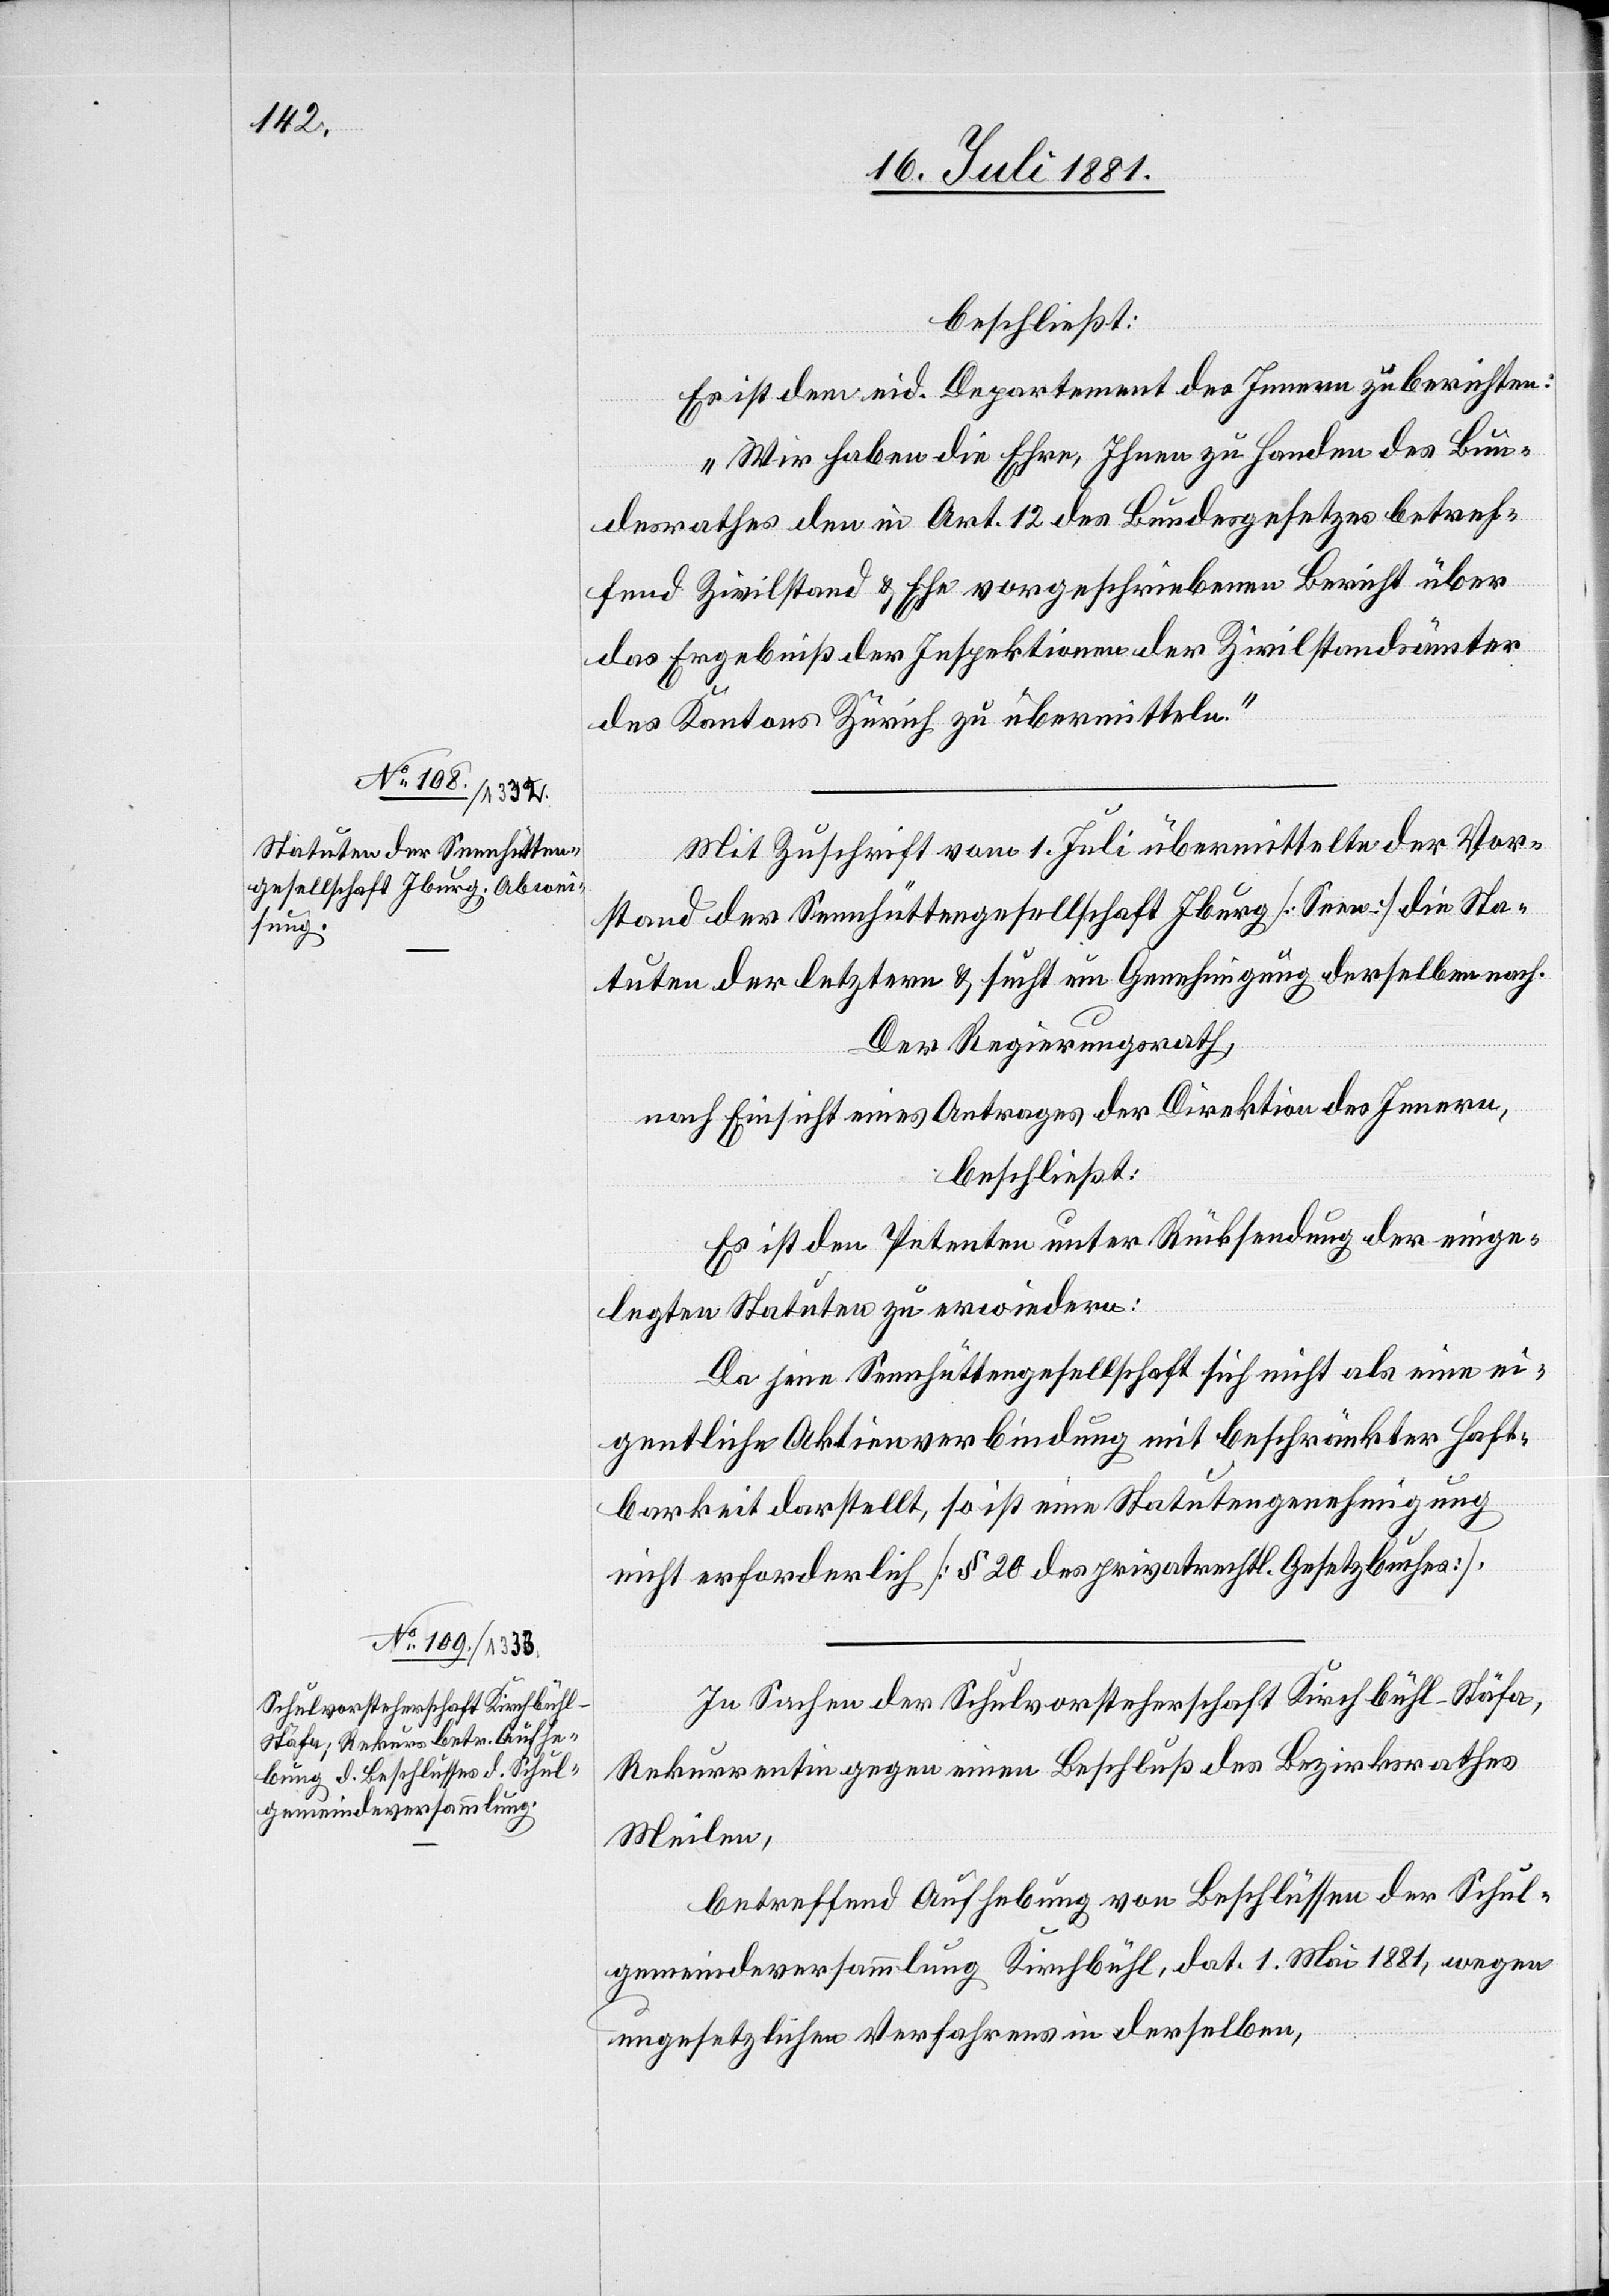
beschließt:
Es ist dem eid. Departement des Innern zu berichten:
„Wir haben die Ehre, Ihnen zu Handen des Bun¬
desrathes den in Art. 12 des Bundesgesetzes betref¬
fend Zivilstand & Ehe vorgeschriebenen Bericht über
das Ergebniß der Inspektionen der Zivilstandämter
des Kantons Zürich zu übermitteln.“
Mit Zuschrift vom 1. Juli übermittelte der Vor¬
stand der Sennhüttengesellschaft Ignaz [Sennw.] die Sta¬
tuten der letztern & sucht um Genehmigung derselben nach.
Der Regierungsrath,
nach Einsicht eines Antrages der Direktion des Innern,
beschließt:
Es ist den Petenten unter Rücksendung der einge¬
legten Statuten zu erwiedern:
Da jene Sennhüttengesellschaft sich nicht als eine ei¬
gentliche Aktienverbindung mit beschränkter Haft¬
barkeit darstellt, so ist eine Statutengenehmigung
nicht erforderlich [des privatrechtl. Gesetzbuches].
In Sachen der Schulvorsteherschaft Kirchbühl - Stäfa,
Rekurrentin gegen einen Beschluß der Bezirksrathes
Meilen,
betreffend Aushebung von Beschlüssen der Schul¬
gemeindeversammlung Kirchbühl, dat. 1. Mai 1881, wegen
ungesetzlichen Verfahren in derselben,